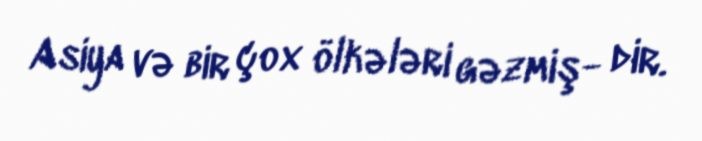
Asiya və bir çox ölkələri gəzmiş- dir.